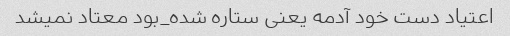
اعتیاد دست خود آدمه یعنی ستاره شده_بود معتاد نمیشد